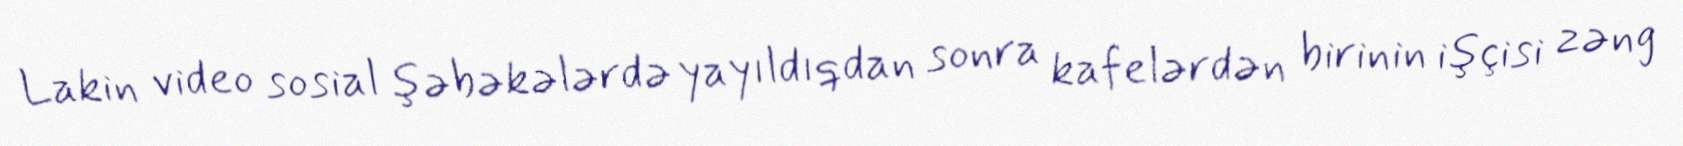
Lakin video sosial şəbəkələrdə yayıldıqdan sonra kafelərdən birinin işçisi zəng